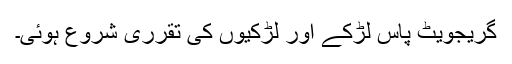
گریجویٹ پاس لڑ‌کے اور لڑکیوں کی تقرری شروع ہوئی۔